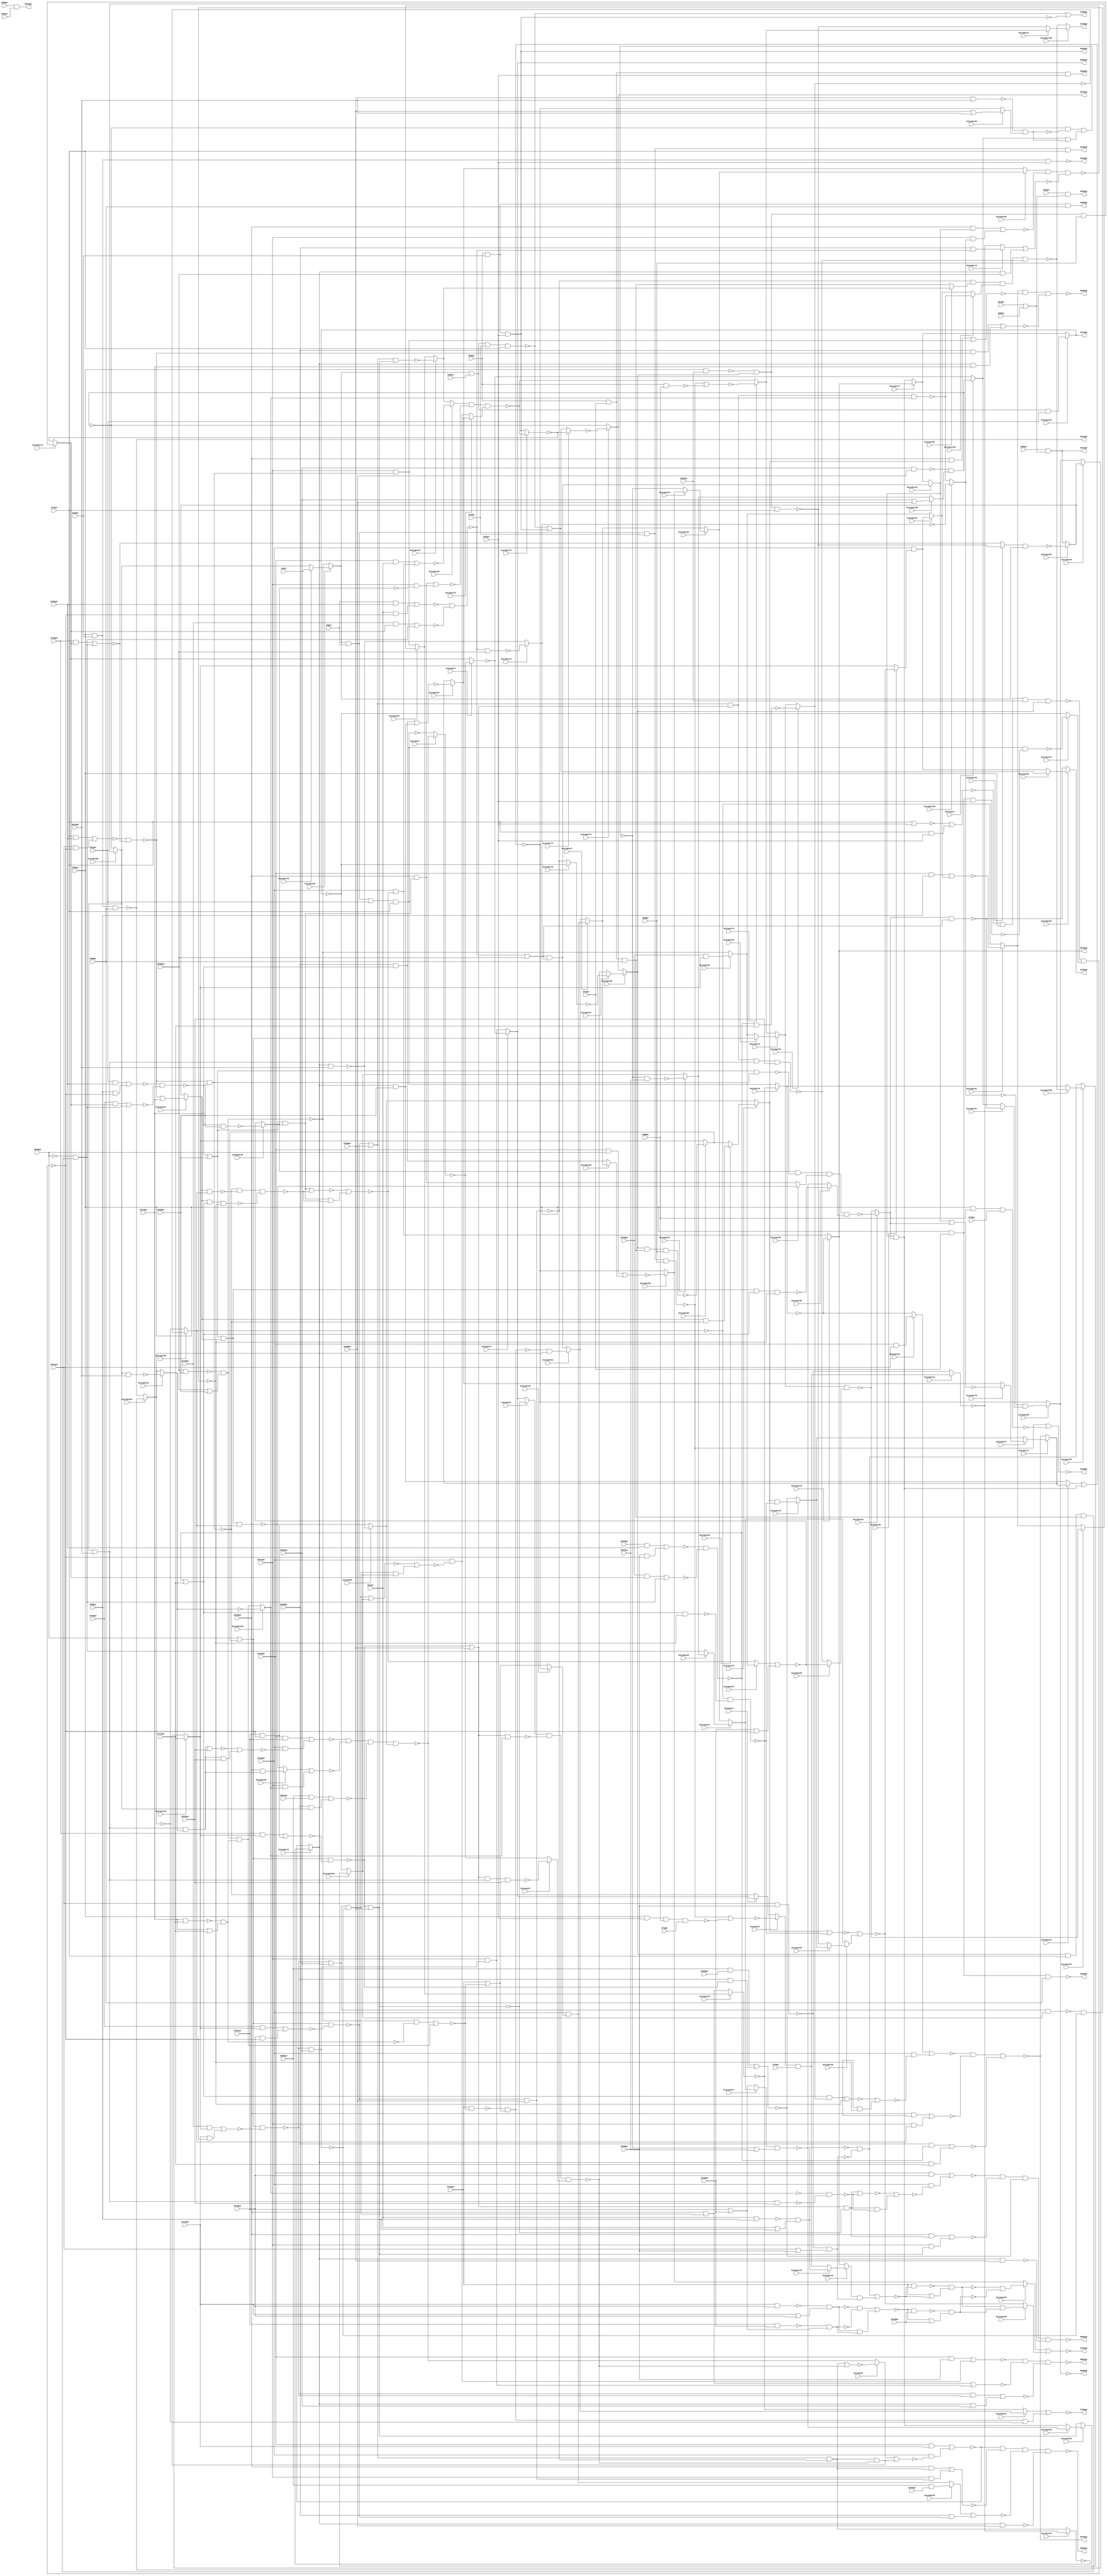
// Verilog File 
module top (G1gat,G8gat,G13gat,G17gat,G26gat,G29gat,G36gat,G42gat,G51gat,
G55gat,G59gat,G68gat,G72gat,G73gat,G74gat,G75gat,G80gat,G85gat,G86gat,
G87gat,G88gat,G89gat,G90gat,G91gat,G96gat,G101gat,G106gat,G111gat,G116gat,
G121gat,G126gat,G130gat,G135gat,G138gat,G143gat,G146gat,G149gat,G152gat,G153gat,
G156gat,G159gat,G165gat,G171gat,G177gat,G183gat,G189gat,G195gat,G201gat,G207gat,
G210gat,G219gat,G228gat,G237gat,G246gat,G255gat,G259gat,G260gat,G261gat,G267gat,
G268gat,G388gat,G389gat,G390gat,G391gat,G418gat,G419gat,G420gat,G421gat,G422gat,
G423gat,G446gat,G447gat,G448gat,G449gat,G450gat,G767gat,G768gat,G850gat,G863gat,
G864gat,G865gat,G866gat,G874gat,G878gat,G879gat,G880gat,keyinput0,keyinput1,keyinput2,
keyinput3,keyinput4,keyinput5,keyinput6,keyinput7,keyinput8,keyinput9,keyinput10,keyinput11,keyinput12,
keyinput13,keyinput14,keyinput15,keyinput16,keyinput17,keyinput18,keyinput19,keyinput20,keyinput21,keyinput22,
keyinput23,keyinput24,keyinput25,keyinput26,keyinput27,keyinput28,keyinput29,keyinput30,keyinput31,keyinput32,
keyinput33,keyinput34,keyinput35,keyinput36,keyinput37,keyinput38,keyinput39,keyinput40,keyinput41,keyinput42,
keyinput43,keyinput44,keyinput45,keyinput46,keyinput47,keyinput48,keyinput49,keyinput50,keyinput51,keyinput52,
keyinput53,keyinput54,keyinput55,keyinput56,keyinput57,keyinput58,keyinput59,keyinput60,keyinput61,keyinput62,
keyinput63,keyinput64,keyinput65,keyinput66,keyinput67,keyinput68,keyinput69,keyinput70,keyinput71,keyinput72,
keyinput73,keyinput74,keyinput75,keyinput76,keyinput77,keyinput78,keyinput79,keyinput80,keyinput81,keyinput82,
keyinput83,keyinput84,keyinput85,keyinput86,keyinput87,keyinput88,keyinput89,keyinput90,keyinput91,keyinput92,
keyinput93,keyinput94,keyinput95,keyinput96,keyinput97,keyinput98,keyinput99,keyinput100,keyinput101,keyinput102,
keyinput103,keyinput104,keyinput105,keyinput106);

input G1gat,G8gat,G13gat,G17gat,G26gat,G29gat,G36gat,G42gat,G51gat,
G55gat,G59gat,G68gat,G72gat,G73gat,G74gat,G75gat,G80gat,G85gat,G86gat,
G87gat,G88gat,G89gat,G90gat,G91gat,G96gat,G101gat,G106gat,G111gat,G116gat,
G121gat,G126gat,G130gat,G135gat,G138gat,G143gat,G146gat,G149gat,G152gat,G153gat,
G156gat,G159gat,G165gat,G171gat,G177gat,G183gat,G189gat,G195gat,G201gat,G207gat,
G210gat,G219gat,G228gat,G237gat,G246gat,G255gat,G259gat,G260gat,G261gat,G267gat,
G268gat,keyinput0,keyinput1,keyinput2,keyinput3,keyinput4,keyinput5,keyinput6,keyinput7,keyinput8,
keyinput9,keyinput10,keyinput11,keyinput12,keyinput13,keyinput14,keyinput15,keyinput16,keyinput17,keyinput18,
keyinput19,keyinput20,keyinput21,keyinput22,keyinput23,keyinput24,keyinput25,keyinput26,keyinput27,keyinput28,
keyinput29,keyinput30,keyinput31,keyinput32,keyinput33,keyinput34,keyinput35,keyinput36,keyinput37,keyinput38,
keyinput39,keyinput40,keyinput41,keyinput42,keyinput43,keyinput44,keyinput45,keyinput46,keyinput47,keyinput48,
keyinput49,keyinput50,keyinput51,keyinput52,keyinput53,keyinput54,keyinput55,keyinput56,keyinput57,keyinput58,
keyinput59,keyinput60,keyinput61,keyinput62,keyinput63,keyinput64,keyinput65,keyinput66,keyinput67,keyinput68,
keyinput69,keyinput70,keyinput71,keyinput72,keyinput73,keyinput74,keyinput75,keyinput76,keyinput77,keyinput78,
keyinput79,keyinput80,keyinput81,keyinput82,keyinput83,keyinput84,keyinput85,keyinput86,keyinput87,keyinput88,
keyinput89,keyinput90,keyinput91,keyinput92,keyinput93,keyinput94,keyinput95,keyinput96,keyinput97,keyinput98,
keyinput99,keyinput100,keyinput101,keyinput102,keyinput103,keyinput104,keyinput105,keyinput106;

output G388gat,G389gat,G390gat,G391gat,G418gat,G419gat,G420gat,G421gat,G422gat,
G423gat,G446gat,G447gat,G448gat,G449gat,G450gat,G767gat,G768gat,G850gat,G863gat,
G864gat,G865gat,G866gat,G874gat,G878gat,G879gat,G880gat;

wire G269gat,G270gat,G273gat,G276gat,G279gat,G280gat,G284gat,G285gat,G286gat,
G287gat,G290gat,G291gat,G292gat,G293gat,G294gat,G295gat,G296gat,G297gat,G298gat,
G301gat,G302gat,G303gat,G304gat,G305gat,G306gat,G307gat,G308gat,G309gat,G310gat,
G316gat,G317gat,G318gat,G319gat,G322gat,G323gat,G324gat,G325gat,G326gat,G327gat,
G328gat,G329gat,G330gat,G331gat,G332gat,G333gat,G334gat,G335gat,G336gat,G337gat,
G338gat,G339gat,G340gat,G341gat,G342gat,G343gat,G344gat,G345gat,G346gat,G347gat,
G348gat,G349gat,G350gat,G351gat,G352gat,G353gat,G354gat,G355gat,G356gat,G357gat,
G360gat,G363gat,G366gat,G369gat,G375gat,G376gat,G379gat,G382gat,G385gat,G392gat,
G393gat,G399gat,G400gat,G401gat,G402gat,G403gat,G404gat,G405gat,G406gat,G407gat,
G408gat,G409gat,G410gat,G411gat,G412gat,G413gat,G414gat,G415gat,G416gat,G417gat,
G424gat,G425gat,G426gat,G427gat,G432gat,G437gat,G442gat,G443gat,G444gat,G445gat,
G451gat,G460gat,G463gat,G466gat,G475gat,G476gat,G477gat,G478gat,G479gat,G480gat,
G481gat,G482gat,G483gat,G488gat,G489gat,G490gat,G491gat,G492gat,G495gat,G498gat,
G499gat,G500gat,G501gat,G502gat,G503gat,G504gat,G505gat,G506gat,G507gat,G508gat,
G509gat,G510gat,G511gat,G512gat,G513gat,G514gat,G515gat,G516gat,G517gat,G518gat,
G519gat,G520gat,G521gat,G522gat,G523gat,G524gat,G525gat,G526gat,G527gat,G528gat,
G529gat,G530gat,G533gat,G536gat,G537gat,G538gat,G539gat,G540gat,G541gat,G542gat,
G543gat,G544gat,G547gat,G550gat,G551gat,G552gat,G553gat,G557gat,G561gat,G565gat,
G569gat,G573gat,G577gat,G581gat,G585gat,G586gat,G587gat,G588gat,G589gat,G590gat,
G593gat,G596gat,G597gat,G600gat,G605gat,G606gat,G609gat,G615gat,G616gat,G619gat,
G624gat,G625gat,G628gat,G631gat,G632gat,G635gat,G640gat,G641gat,G644gat,G650gat,
G651gat,G654gat,G659gat,G660gat,G661gat,G662gat,G665gat,G669gat,G670gat,G673gat,
G677gat,G678gat,G682gat,G686gat,G687gat,G692gat,G696gat,G697gat,G700gat,G704gat,
G705gat,G708gat,G712gat,G713gat,G717gat,G721gat,G722gat,G727gat,G731gat,G732gat,
G733gat,G734gat,G735gat,G736gat,G737gat,G738gat,G739gat,G740gat,G741gat,G742gat,
G743gat,G744gat,G745gat,G746gat,G747gat,G748gat,G749gat,G750gat,G751gat,G752gat,
G753gat,G754gat,G755gat,G756gat,G757gat,G758gat,G759gat,G760gat,G761gat,G762gat,
G763gat,G764gat,G765gat,G766gat,G769gat,G770gat,G771gat,G772gat,G773gat,G777gat,
G778gat,G781gat,G782gat,G785gat,G786gat,G787gat,G788gat,G789gat,G790gat,G791gat,
G792gat,G793gat,G794gat,G795gat,G796gat,G802gat,G803gat,G804gat,G805gat,G806gat,
G807gat,G808gat,G809gat,G810gat,G811gat,G812gat,G813gat,G814gat,G815gat,G819gat,
G822gat,G825gat,G826gat,G827gat,G828gat,G829gat,G830gat,G831gat,G832gat,G833gat,
G834gat,G835gat,G836gat,G837gat,G838gat,G839gat,G840gat,G841gat,G842gat,G843gat,
G844gat,G845gat,G846gat,G847gat,G848gat,G849gat,G851gat,G852gat,G853gat,G854gat,
G855gat,G856gat,G857gat,G858gat,G859gat,G860gat,G861gat,G862gat,G867gat,G868gat,
G869gat,G870gat,G871gat,G872gat,G873gat,G875gat,G876gat,G877gat,muxed0,muxed1,
muxed2,muxed3,muxed4,muxed5,muxed6,muxed7,muxed8,muxed9,muxed10,muxed11,
muxed12,muxed13,muxed14,muxed15,muxed16,muxed17,muxed18,muxed19,muxed20,muxed21,
muxed22,muxed23,muxed24,muxed25,muxed26,muxed27,muxed28,muxed29,muxed30,muxed31,
muxed32,muxed33,muxed34,muxed35,muxed36,muxed37,muxed38,muxed39,muxed40,muxed41,
muxed42,muxed43,muxed44,muxed45,muxed46,muxed47,muxed48,muxed49,muxed50,muxed51,
muxed52,muxed53,muxed54,muxed55,muxed56,muxed57,muxed58,muxed59,muxed60,muxed61,
muxed62,muxed63,muxed64,muxed65,muxed66,muxed67,muxed68,muxed69,muxed70,muxed71,
muxed72,muxed73,muxed74,muxed75,muxed76,muxed77,muxed78,muxed79,muxed80,muxed81,
muxed82,muxed83,muxed84,muxed85,muxed86,muxed87,muxed88,muxed89,muxed90,muxed91,
muxed92,muxed93,muxed94,muxed95,muxed96,muxed97,muxed98,muxed99,muxed100,muxed101,
muxed102,muxed103,muxed104,muxed105,muxed106;
nand gate_0(G269gat,muxed59,G8gat,G13gat,G17gat);
nand gate_1(G270gat,muxed59,G26gat,G13gat,G17gat);
and gate_2(G273gat,G29gat,G36gat,G42gat);
and gate_3(G276gat,muxed59,G26gat,G51gat);
nand gate_4(G279gat,muxed59,G8gat,G51gat,G17gat);
nand gate_5(G280gat,muxed59,G8gat,G13gat,G55gat);
nand gate_6(G284gat,G59gat,G42gat,G68gat,G72gat);
nand gate_7(G285gat,G29gat,G68gat);
nand gate_8(G286gat,G59gat,G68gat,G74gat);
and gate_9(G287gat,G29gat,G75gat,G80gat);
and gate_10(G290gat,G29gat,G75gat,G42gat);
and gate_11(G291gat,G29gat,G36gat,G80gat);
and gate_12(G292gat,G29gat,G36gat,G42gat);
and gate_13(G293gat,G59gat,G75gat,G80gat);
and gate_14(G294gat,G59gat,G75gat,G42gat);
and gate_15(G295gat,G59gat,G36gat,G80gat);
and gate_16(G296gat,G59gat,G36gat,G42gat);
and gate_17(G297gat,G85gat,G86gat);
or gate_18(G298gat,G87gat,G88gat);
nand gate_19(G301gat,G91gat,G96gat);
or gate_20(G302gat,G91gat,G96gat);
nand gate_21(G303gat,G101gat,G106gat);
or gate_22(G304gat,G101gat,G106gat);
nand gate_23(G305gat,G111gat,G116gat);
or gate_24(G306gat,G111gat,G116gat);
nand gate_25(G307gat,G121gat,G126gat);
or gate_26(G308gat,G121gat,G126gat);
and gate_27(G309gat,G8gat,G138gat);
not gate_28(G310gat,G268gat);
and gate_29(G316gat,G51gat,G138gat);
and gate_30(G317gat,G17gat,G138gat);
and gate_31(G318gat,G152gat,G138gat);
nand gate_32(G319gat,G59gat,G156gat);
nor gate_33(G322gat,G17gat,G42gat);
and gate_34(G323gat,G17gat,G42gat);
nand gate_35(G324gat,G159gat,G165gat);
or gate_36(G325gat,G159gat,G165gat);
nand gate_37(G326gat,G171gat,G177gat);
or gate_38(G327gat,G171gat,G177gat);
nand gate_39(G328gat,G183gat,G189gat);
or gate_40(G329gat,G183gat,G189gat);
nand gate_41(G330gat,G195gat,G201gat);
or gate_42(G331gat,G195gat,G201gat);
and gate_43(G332gat,G210gat,G91gat);
and gate_44(G333gat,G210gat,G96gat);
and gate_45(G334gat,G210gat,G101gat);
and gate_46(G335gat,G210gat,G106gat);
and gate_47(G336gat,G210gat,G111gat);
and gate_48(G337gat,G255gat,G259gat);
and gate_49(G338gat,G210gat,G116gat);
and gate_50(G339gat,G255gat,G260gat);
and gate_51(G340gat,G210gat,G121gat);
and gate_52(G341gat,G255gat,G267gat);
not gate_53(G342gat,G269gat);
not gate_54(G343gat,G273gat);
or gate_55(G344gat,G270gat,G273gat);
not gate_56(G345gat,muxed45);
not gate_57(G346gat,muxed45);
not gate_58(G347gat,G279gat);
nor gate_59(G348gat,G280gat,G284gat);
or gate_60(G349gat,G280gat,G285gat);
or gate_61(G350gat,G280gat,G286gat);
not gate_62(G351gat,G293gat);
not gate_63(G352gat,G294gat);
not gate_64(G353gat,G295gat);
not gate_65(G354gat,G296gat);
nand gate_66(G355gat,G89gat,G298gat);
and gate_67(G356gat,G90gat,G298gat);
nand gate_68(G357gat,G301gat,G302gat);
nand gate_69(G360gat,G303gat,G304gat);
nand gate_70(G363gat,G305gat,G306gat);
nand gate_71(G366gat,G307gat,G308gat);
not gate_72(G369gat,G310gat);
nor gate_73(G375gat,G322gat,G323gat);
nand gate_74(G376gat,G324gat,G325gat);
nand gate_75(G379gat,G326gat,G327gat);
nand gate_76(G382gat,G328gat,muxed100);
nand gate_77(G385gat,G330gat,muxed30);
buf gate_78(G388gat,G290gat);
buf gate_79(G389gat,G291gat);
buf gate_80(G390gat,G292gat);
buf gate_81(G391gat,G297gat);
or gate_82(G392gat,G270gat,G343gat);
not gate_83(G393gat,muxed43);
not gate_84(G399gat,G346gat);
and gate_85(G400gat,muxed0,G73gat);
not gate_86(G401gat,G349gat);
not gate_87(G402gat,G350gat);
not gate_88(G403gat,G355gat);
not gate_89(G404gat,G357gat);
not gate_90(G405gat,G360gat);
and gate_91(G406gat,G357gat,G360gat);
not gate_92(G407gat,G363gat);
not gate_93(G408gat,G366gat);
and gate_94(G409gat,G363gat,G366gat);
nand gate_95(G410gat,G347gat,G352gat);
not gate_96(G411gat,G376gat);
not gate_97(G412gat,G379gat);
and gate_98(G413gat,G376gat,G379gat);
not gate_99(G414gat,G382gat);
not gate_100(G415gat,G385gat);
and gate_101(G416gat,G382gat,G385gat);
and gate_102(G417gat,G210gat,G369gat);
buf gate_103(G418gat,G342gat);
buf gate_104(G419gat,muxed52);
buf gate_105(G420gat,G351gat);
buf gate_106(G421gat,G353gat);
buf gate_107(G422gat,G354gat);
buf gate_108(G423gat,G356gat);
not gate_109(G424gat,muxed14);
and gate_110(G425gat,muxed18,G405gat);
and gate_111(G426gat,G407gat,G408gat);
and gate_112(G427gat,G319gat,muxed69,G55gat);
and gate_113(G432gat,muxed69,G17gat,G287gat);
nand gate_114(G437gat,muxed69,G287gat,G55gat);
nand gate_115(G442gat,G375gat,G59gat,G156gat,muxed69);
nand gate_116(G443gat,muxed69,G319gat,G17gat);
and gate_117(G444gat,G411gat,G412gat);
and gate_118(G445gat,muxed4,G415gat);
buf gate_119(G446gat,G392gat);
buf gate_120(G447gat,G399gat);
buf gate_121(G448gat,muxed103);
buf gate_122(G449gat,G402gat);
buf gate_123(G450gat,G403gat);
not gate_124(G451gat,muxed12);
nor gate_125(G460gat,G406gat,G425gat);
nor gate_126(G463gat,G409gat,G426gat);
nand gate_127(G466gat,G442gat,muxed44);
and gate_128(G475gat,G143gat,muxed72);
and gate_129(G476gat,G310gat,G432gat);
and gate_130(G477gat,G146gat,muxed72);
and gate_131(G478gat,G310gat,G432gat);
and gate_132(G479gat,G149gat,muxed72);
and gate_133(G480gat,G310gat,G432gat);
and gate_134(G481gat,G153gat,muxed72);
and gate_135(G482gat,G310gat,G432gat);
nand gate_136(G483gat,muxed40,muxed59);
or gate_137(G488gat,G369gat,muxed80);
or gate_138(G489gat,G369gat,muxed80);
or gate_139(G490gat,G369gat,muxed80);
or gate_140(G491gat,G369gat,muxed80);
nor gate_141(G492gat,G413gat,G444gat);
nor gate_142(G495gat,G416gat,G445gat);
nand gate_143(G498gat,G130gat,G460gat);
or gate_144(G499gat,G130gat,G460gat);
nand gate_145(G500gat,G463gat,G135gat);
or gate_146(G501gat,G463gat,G135gat);
and gate_147(G502gat,G91gat,G466gat);
nor gate_148(G503gat,G475gat,G476gat);
and gate_149(G504gat,G96gat,G466gat);
nor gate_150(G505gat,G477gat,G478gat);
and gate_151(G506gat,G101gat,G466gat);
nor gate_152(G507gat,G479gat,G480gat);
and gate_153(G508gat,G106gat,G466gat);
nor gate_154(G509gat,G481gat,G482gat);
and gate_155(G510gat,G143gat,muxed49);
and gate_156(G511gat,G111gat,G466gat);
and gate_157(G512gat,G146gat,muxed49);
and gate_158(G513gat,G116gat,G466gat);
and gate_159(G514gat,G149gat,muxed49);
and gate_160(G515gat,G121gat,G466gat);
and gate_161(G516gat,G153gat,muxed49);
and gate_162(G517gat,G126gat,G466gat);
nand gate_163(G518gat,G130gat,G492gat);
or gate_164(G519gat,G130gat,G492gat);
nand gate_165(G520gat,G495gat,G207gat);
or gate_166(G521gat,G495gat,G207gat);
and gate_167(G522gat,muxed11,G159gat);
and gate_168(G523gat,muxed11,G165gat);
and gate_169(G524gat,muxed11,G171gat);
and gate_170(G525gat,muxed11,G177gat);
and gate_171(G526gat,muxed11,G183gat);
nand gate_172(G527gat,muxed11,G189gat);
nand gate_173(G528gat,muxed11,G195gat);
nand gate_174(G529gat,muxed11,G201gat);
nand gate_175(G530gat,G498gat,G499gat);
nand gate_176(G533gat,G500gat,G501gat);
nor gate_177(G536gat,G309gat,G502gat);
nor gate_178(G537gat,G316gat,G504gat);
nor gate_179(G538gat,G317gat,G506gat);
nor gate_180(G539gat,G318gat,G508gat);
nor gate_181(G540gat,G510gat,G511gat);
nor gate_182(G541gat,G512gat,G513gat);
nor gate_183(G542gat,G514gat,G515gat);
nor gate_184(G543gat,muxed37,G517gat);
nand gate_185(G544gat,G518gat,G519gat);
nand gate_186(G547gat,muxed97,G521gat);
not gate_187(G550gat,G530gat);
not gate_188(G551gat,G533gat);
and gate_189(G552gat,G530gat,G533gat);
nand gate_190(G553gat,G536gat,G503gat);
nand gate_191(G557gat,G537gat,G505gat);
nand gate_192(G561gat,G538gat,G507gat);
nand gate_193(G565gat,G539gat,G509gat);
nand gate_194(G569gat,G488gat,G540gat);
nand gate_195(G573gat,G489gat,G541gat);
nand gate_196(G577gat,G490gat,G542gat);
nand gate_197(G581gat,muxed47,muxed35);
not gate_198(G585gat,G544gat);
not gate_199(G586gat,muxed94);
and gate_200(G587gat,G544gat,muxed94);
and gate_201(G588gat,G550gat,G551gat);
and gate_202(G589gat,G585gat,G586gat);
nand gate_203(G590gat,G553gat,G159gat);
or gate_204(G593gat,G553gat,G159gat);
and gate_205(G596gat,G246gat,G553gat);
nand gate_206(G597gat,G557gat,G165gat);
or gate_207(G600gat,G557gat,G165gat);
and gate_208(G605gat,G246gat,G557gat);
nand gate_209(G606gat,G561gat,G171gat);
or gate_210(G609gat,G561gat,G171gat);
and gate_211(G615gat,G246gat,G561gat);
nand gate_212(G616gat,G565gat,G177gat);
or gate_213(G619gat,G565gat,G177gat);
and gate_214(G624gat,G246gat,G565gat);
nand gate_215(G625gat,G569gat,G183gat);
or gate_216(G628gat,G569gat,G183gat);
and gate_217(G631gat,G246gat,G569gat);
nand gate_218(G632gat,G573gat,G189gat);
or gate_219(G635gat,G573gat,G189gat);
and gate_220(G640gat,G246gat,G573gat);
nand gate_221(G641gat,G577gat,G195gat);
or gate_222(G644gat,G577gat,G195gat);
and gate_223(G650gat,G246gat,G577gat);
nand gate_224(G651gat,muxed60,G201gat);
or gate_225(G654gat,muxed60,G201gat);
and gate_226(G659gat,G246gat,muxed60);
nor gate_227(G660gat,muxed26,muxed65);
nor gate_228(G661gat,muxed22,G589gat);
not gate_229(G662gat,muxed10);
and gate_230(G665gat,G593gat,muxed10);
nor gate_231(G669gat,muxed13,G522gat);
not gate_232(G670gat,muxed36);
and gate_233(G673gat,G600gat,muxed36);
nor gate_234(G677gat,G605gat,G523gat);
not gate_235(G678gat,G606gat);
and gate_236(G682gat,muxed57,G606gat);
nor gate_237(G686gat,G615gat,G524gat);
not gate_238(G687gat,muxed46);
and gate_239(G692gat,G619gat,muxed46);
nor gate_240(G696gat,G624gat,G525gat);
not gate_241(G697gat,G625gat);
and gate_242(G700gat,G628gat,G625gat);
nor gate_243(G704gat,G631gat,G526gat);
not gate_244(G705gat,G632gat);
and gate_245(G708gat,G635gat,G632gat);
nor gate_246(G712gat,muxed28,G640gat);
not gate_247(G713gat,G641gat);
and gate_248(G717gat,G644gat,G641gat);
nor gate_249(G721gat,G339gat,G650gat);
not gate_250(G722gat,muxed93);
and gate_251(G727gat,G654gat,muxed93);
nor gate_252(G731gat,G341gat,G659gat);
nand gate_253(G732gat,G654gat,G261gat);
nand gate_254(G733gat,G644gat,G654gat,G261gat);
nand gate_255(G734gat,G635gat,G644gat,G654gat,G261gat);
not gate_256(G735gat,muxed105);
and gate_257(G736gat,G228gat,muxed16);
and gate_258(G737gat,G237gat,muxed105);
not gate_259(G738gat,G670gat);
and gate_260(G739gat,G228gat,G673gat);
and gate_261(G740gat,G237gat,G670gat);
not gate_262(G741gat,G678gat);
and gate_263(G742gat,G228gat,muxed79);
and gate_264(G743gat,G237gat,G678gat);
not gate_265(G744gat,muxed56);
and gate_266(G745gat,G228gat,G692gat);
and gate_267(G746gat,G237gat,muxed56);
not gate_268(G747gat,G697gat);
and gate_269(G748gat,G228gat,G700gat);
and gate_270(G749gat,G237gat,G697gat);
not gate_271(G750gat,G705gat);
and gate_272(G751gat,G228gat,G708gat);
and gate_273(G752gat,G237gat,G705gat);
not gate_274(G753gat,G713gat);
and gate_275(G754gat,G228gat,G717gat);
and gate_276(G755gat,G237gat,G713gat);
not gate_277(G756gat,muxed106);
nor gate_278(G757gat,G727gat,G261gat);
and gate_279(G758gat,G727gat,G261gat);
and gate_280(G759gat,G228gat,G727gat);
and gate_281(G760gat,G237gat,muxed106);
nand gate_282(G761gat,G644gat,muxed106);
nand gate_283(G762gat,G635gat,G713gat);
nand gate_284(G763gat,G635gat,G644gat,muxed106);
nand gate_285(G764gat,muxed57,muxed56);
nand gate_286(G765gat,G600gat,G678gat);
nand gate_287(G766gat,G600gat,muxed57,muxed56);
buf gate_288(G767gat,G660gat);
buf gate_289(G768gat,G661gat);
nor gate_290(G769gat,G736gat,G737gat);
nor gate_291(G770gat,G739gat,G740gat);
nor gate_292(G771gat,G742gat,G743gat);
nor gate_293(G772gat,G745gat,G746gat);
nand gate_294(G773gat,G750gat,muxed83,muxed104,G734gat);
nor gate_295(G777gat,G748gat,G749gat);
nand gate_296(G778gat,muxed2,G761gat,muxed6);
nor gate_297(G781gat,G751gat,G752gat);
nand gate_298(G782gat,G756gat,G732gat);
nor gate_299(G785gat,G754gat,G755gat);
nor gate_300(G786gat,G757gat,G758gat);
nor gate_301(G787gat,muxed55,G760gat);
nor gate_302(G788gat,G700gat,muxed101);
and gate_303(G789gat,G700gat,muxed101);
nor gate_304(G790gat,G708gat,G778gat);
and gate_305(G791gat,G708gat,G778gat);
nor gate_306(G792gat,G717gat,G782gat);
and gate_307(G793gat,G717gat,G782gat);
and gate_308(G794gat,G219gat,G786gat);
nand gate_309(G795gat,G628gat,muxed101);
nand gate_310(G796gat,G795gat,G747gat);
nor gate_311(G802gat,G788gat,G789gat);
nor gate_312(G803gat,muxed8,G791gat);
nor gate_313(G804gat,G792gat,G793gat);
nor gate_314(G805gat,G340gat,G794gat);
nor gate_315(G806gat,G692gat,G796gat);
and gate_316(G807gat,G692gat,G796gat);
and gate_317(G808gat,G219gat,G802gat);
and gate_318(G809gat,G219gat,G803gat);
and gate_319(G810gat,G219gat,G804gat);
nand gate_320(G811gat,G805gat,G787gat,G731gat,muxed9);
nand gate_321(G812gat,G619gat,G796gat);
nand gate_322(G813gat,muxed57,G619gat,G796gat);
nand gate_323(G814gat,G600gat,muxed57,G619gat,G796gat);
nand gate_324(G815gat,G738gat,G765gat,muxed54,muxed96);
nand gate_325(G819gat,G741gat,G764gat,G813gat);
nand gate_326(G822gat,G744gat,G812gat);
nor gate_327(G825gat,G806gat,G807gat);
nor gate_328(G826gat,G335gat,G808gat);
nor gate_329(G827gat,G336gat,G809gat);
nor gate_330(G828gat,G338gat,G810gat);
not gate_331(G829gat,muxed7);
nor gate_332(G830gat,muxed16,muxed53);
and gate_333(G831gat,muxed16,muxed53);
nor gate_334(G832gat,G673gat,G819gat);
and gate_335(G833gat,G673gat,G819gat);
nor gate_336(G834gat,muxed79,G822gat);
and gate_337(G835gat,muxed79,G822gat);
and gate_338(G836gat,G219gat,G825gat);
nand gate_339(G837gat,G826gat,G777gat,G704gat);
nand gate_340(G838gat,G827gat,G781gat,G712gat,G527gat);
nand gate_341(G839gat,G828gat,G785gat,G721gat,G528gat);
not gate_342(G840gat,muxed5);
nand gate_343(G841gat,muxed53,G593gat);
nor gate_344(G842gat,muxed31,G831gat);
nor gate_345(G843gat,G832gat,G833gat);
nor gate_346(G844gat,G834gat,muxed98);
nor gate_347(G845gat,muxed20,G836gat);
not gate_348(G846gat,G837gat);
not gate_349(G847gat,G838gat);
not gate_350(G848gat,G839gat);
and gate_351(G849gat,G735gat,muxed51);
buf gate_352(G850gat,muxed3);
and gate_353(G851gat,G219gat,muxed29);
and gate_354(G852gat,G219gat,G843gat);
and gate_355(G853gat,G219gat,muxed64);
nand gate_356(G854gat,G845gat,G772gat,G696gat);
not gate_357(G855gat,G846gat);
not gate_358(G856gat,G847gat);
not gate_359(G857gat,G848gat);
not gate_360(G858gat,muxed50);
nor gate_361(G859gat,G417gat,muxed89);
nor gate_362(G860gat,G332gat,G852gat);
nor gate_363(G861gat,G333gat,muxed62);
not gate_364(G862gat,G854gat);
buf gate_365(G863gat,G855gat);
buf gate_366(G864gat,G856gat);
buf gate_367(G865gat,G857gat);
buf gate_368(G866gat,G858gat);
nand gate_369(G867gat,muxed86,G769gat,G669gat);
nand gate_370(G868gat,muxed84,G770gat,muxed75);
nand gate_371(G869gat,muxed61,G771gat,G686gat);
not gate_372(G870gat,G862gat);
not gate_373(G871gat,muxed23);
not gate_374(G872gat,muxed73);
not gate_375(G873gat,G869gat);
buf gate_376(G874gat,G870gat);
not gate_377(G875gat,muxed21);
not gate_378(G876gat,muxed71);
not gate_379(G877gat,G873gat);
buf gate_380(G878gat,muxed19);
buf gate_381(G879gat,muxed70);
buf gate_382(G880gat,G877gat);
assign muxed0 = keyinput0 ? G348gat : muxed1;
assign muxed1 = keyinput1 ? G850gat : G606gat;
assign muxed2 = keyinput2 ? G753gat : G850gat;
assign muxed3 = keyinput3 ? G840gat : G749gat;
assign muxed4 = keyinput4 ? G414gat : G840gat;
assign muxed5 = keyinput5 ? G829gat : muxed72;
assign muxed6 = keyinput6 ? G733gat : G829gat;
assign muxed7 = keyinput7 ? G811gat : G279gat;
assign muxed8 = keyinput8 ? G790gat : G811gat;
assign muxed9 = keyinput9 ? G529gat : G515gat;
assign muxed10 = keyinput10 ? G590gat : G529gat;
assign muxed11 = keyinput11 ? G451gat : G827gat;
assign muxed12 = keyinput12 ? G424gat : G708gat;
assign muxed13 = keyinput13 ? G596gat : G424gat;
assign muxed14 = keyinput14 ? G400gat : G303gat;
assign muxed15 = keyinput15 ? G404gat : G400gat;
assign muxed16 = keyinput16 ? G665gat : muxed17;
assign muxed17 = keyinput17 ? G878gat : G831gat;
assign muxed18 = keyinput18 ? muxed15 : G878gat;
assign muxed19 = keyinput19 ? G875gat : G852gat;
assign muxed20 = keyinput20 ? G334gat : G875gat;
assign muxed21 = keyinput21 ? G871gat : G347gat;
assign muxed22 = keyinput22 ? muxed91 : G871gat;
assign muxed23 = keyinput23 ? muxed85 : G748gat;
assign muxed24 = keyinput24 ? G762gat : muxed85;
assign muxed25 = keyinput25 ? muxed88 : G495gat;
assign muxed26 = keyinput26 ? G552gat : muxed88;
assign muxed27 = keyinput27 ? G851gat : muxed91;
assign muxed28 = keyinput28 ? G337gat : G851gat;
assign muxed29 = keyinput29 ? G842gat : G519gat;
assign muxed30 = keyinput30 ? G331gat : G842gat;
assign muxed31 = keyinput31 ? muxed77 : G523gat;
assign muxed32 = keyinput32 ? G677gat : muxed77;
assign muxed33 = keyinput33 ? G1gat : muxed60;
assign muxed34 = keyinput34 ? G581gat : muxed61;
assign muxed35 = keyinput35 ? G543gat : G734gat;
assign muxed36 = keyinput36 ? G597gat : G543gat;
assign muxed37 = keyinput37 ? muxed48 : G843gat;
assign muxed38 = keyinput38 ? G491gat : muxed48;
assign muxed39 = keyinput39 ? muxed58 : muxed50;
assign muxed40 = keyinput40 ? G443gat : G507gat;
assign muxed41 = keyinput41 ? muxed74 : G443gat;
assign muxed42 = keyinput42 ? G393gat : G778gat;
assign muxed43 = keyinput43 ? G345gat : G750gat;
assign muxed44 = keyinput44 ? G410gat : G345gat;
assign muxed45 = keyinput45 ? G276gat : muxed17;
assign muxed46 = keyinput46 ? G616gat : muxed47;
assign muxed47 = keyinput47 ? muxed38 : muxed74;
assign muxed48 = keyinput48 ? G516gat : G376gat;
assign muxed49 = keyinput49 ? muxed39 : G791gat;
assign muxed50 = keyinput50 ? G849gat : G842gat;
assign muxed51 = keyinput51 ? G841gat : muxed4;
assign muxed52 = keyinput52 ? muxed63 : G841gat;
assign muxed53 = keyinput53 ? G815gat : G581gat;
assign muxed54 = keyinput54 ? G766gat : G739gat;
assign muxed55 = keyinput55 ? G759gat : G766gat;
assign muxed56 = keyinput56 ? G687gat : G586gat;
assign muxed57 = keyinput57 ? G609gat : muxed58;
assign muxed58 = keyinput58 ? G483gat : G356gat;
assign muxed59 = keyinput59 ? muxed33 : G376gat;
assign muxed60 = keyinput60 ? muxed34 : G382gat;
assign muxed61 = keyinput61 ? G861gat : G744gat;
assign muxed62 = keyinput62 ? G853gat : muxed48;
assign muxed63 = keyinput63 ? G344gat : G853gat;
assign muxed64 = keyinput64 ? G844gat : muxed49;
assign muxed65 = keyinput65 ? G588gat : G844gat;
assign muxed66 = keyinput66 ? muxed78 : G443gat;
assign muxed67 = keyinput67 ? muxed76 : muxed78;
assign muxed68 = keyinput68 ? G682gat : muxed80;
assign muxed69 = keyinput69 ? muxed42 : muxed70;
assign muxed70 = keyinput70 ? G876gat : G382gat;
assign muxed71 = keyinput71 ? G872gat : G344gat;
assign muxed72 = keyinput72 ? G427gat : G872gat;
assign muxed73 = keyinput73 ? G868gat : G273gat;
assign muxed74 = keyinput74 ? G401gat : G868gat;
assign muxed75 = keyinput75 ? muxed32 : G808gat;
assign muxed76 = keyinput76 ? G830gat : muxed32;
assign muxed77 = keyinput77 ? muxed67 : G854gat;
assign muxed78 = keyinput78 ? G835gat : G721gat;
assign muxed79 = keyinput79 ? muxed68 : muxed9;
assign muxed80 = keyinput80 ? G437gat : muxed49;
assign muxed81 = keyinput81 ? G520gat : muxed101;
assign muxed82 = keyinput82 ? muxed102 : G406gat;
assign muxed83 = keyinput83 ? muxed24 : G287gat;
assign muxed84 = keyinput84 ? G860gat : muxed24;
assign muxed85 = keyinput85 ? G867gat : G743gat;
assign muxed86 = keyinput86 ? muxed90 : muxed32;
assign muxed87 = keyinput87 ? muxed99 : muxed90;
assign muxed88 = keyinput88 ? G859gat : G842gat;
assign muxed89 = keyinput89 ? muxed27 : G605gat;
assign muxed90 = keyinput90 ? muxed25 : muxed27;
assign muxed91 = keyinput91 ? G587gat : G665gat;
assign muxed92 = keyinput92 ? muxed95 : G713gat;
assign muxed93 = keyinput93 ? G651gat : muxed94;
assign muxed94 = keyinput94 ? muxed92 : G353gat;
assign muxed95 = keyinput95 ? G547gat : G831gat;
assign muxed96 = keyinput96 ? G814gat : G547gat;
assign muxed97 = keyinput97 ? muxed87 : G308gat;
assign muxed98 = keyinput98 ? muxed66 : muxed87;
assign muxed99 = keyinput99 ? muxed81 : G482gat;
assign muxed100 = keyinput100 ? G329gat : muxed81;
assign muxed101 = keyinput101 ? muxed82 : G345gat;
assign muxed102 = keyinput102 ? G773gat : muxed21;
assign muxed103 = keyinput103 ? muxed41 : G773gat;
assign muxed104 = keyinput104 ? G763gat : muxed62;
assign muxed105 = keyinput105 ? G662gat : G763gat;
assign muxed106 = keyinput106 ? G722gat : G444gat;
endmodule